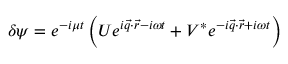
\delta \psi = e ^ { - i \mu t } \left( U e ^ { i \vec { q } \cdot \vec { r } - i \omega t } + V ^ { * } e ^ { - i \vec { q } \cdot \vec { r } + i \omega t } \right)